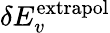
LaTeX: \delta E_{v}^{\mathrm{extrapol}}